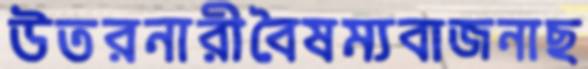
উতরনারীবৈষম্যবাজনাছ